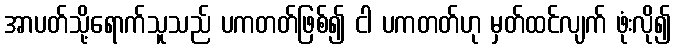
အာပတ်သို့ရောက်သူသည် ပကတတ်ဖြစ်၍ ငါ ပကတတ်ဟု မှတ်ထင်လျက် ဖုံးလို၍